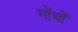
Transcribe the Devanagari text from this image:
गोंथों